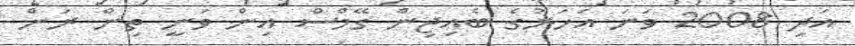
އަދި 2008 ވަނަ އަހަރުގެ ބެއިޖިން ގޭމްސް އިން ވަނީ ތިން ރަން